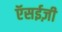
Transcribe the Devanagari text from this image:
ऍसईज़ी